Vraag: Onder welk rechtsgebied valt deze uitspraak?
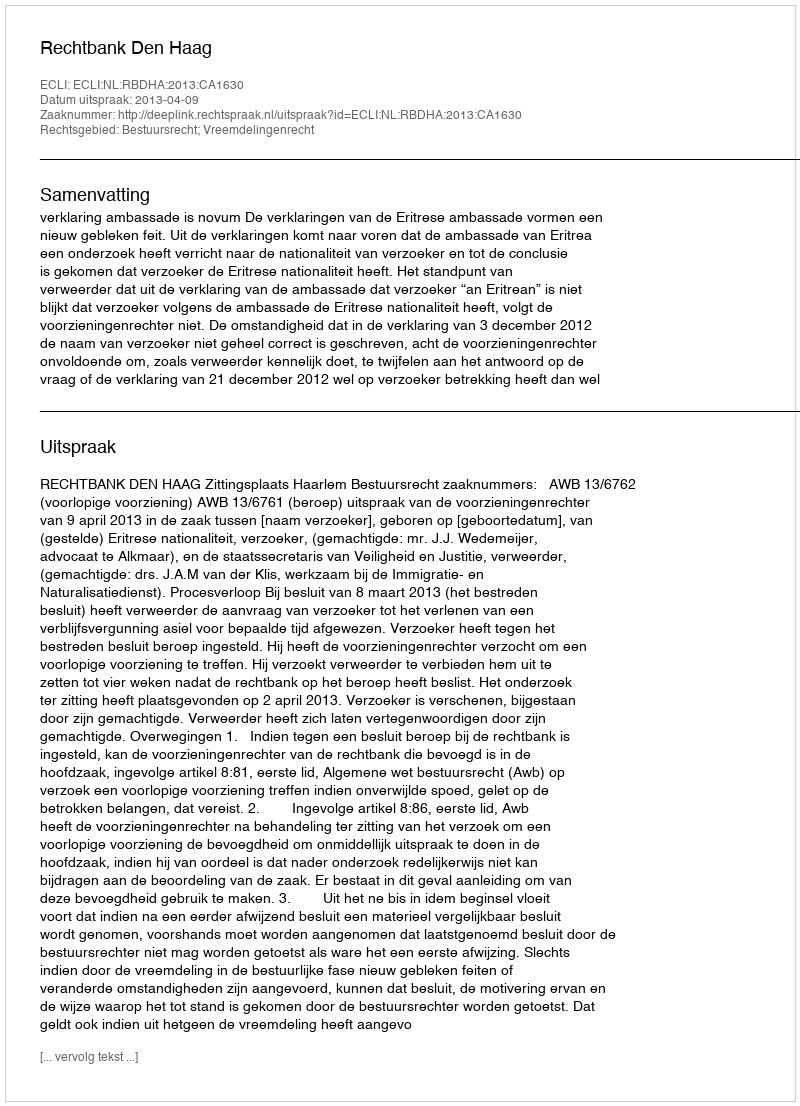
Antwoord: Bestuursrecht; Vreemdelingenrecht